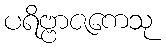
ပရိဗ္ဗာဇကေသု